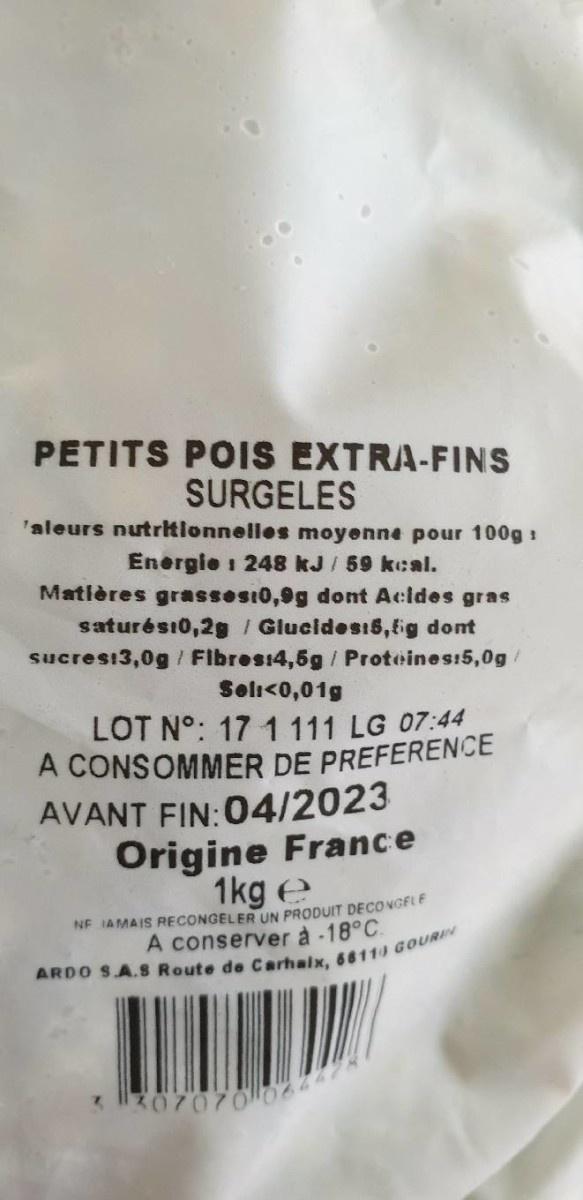
PETITS POIS EXTRA-FINS
SURGELES 'aleurs nutritionnelles moyenne pour 100g :
Energie i 248 kJ/59 kcal. Matlères grassesi0,9g dont Acides gras
saturési0,2g / Glucides15,fig dont sucres:3,0g / Flbres:4,5g/ Proteines:5,0g/
Soli<0,01g
LOT N°: 17 1111 LG 07:44 A CONSOMMER DE PREFERENCE AVANT FIN:04/2023 Origine France 1kg e
NF IAMAIS RECONGELER UN PRODUIT DECONGELE A conserver à -18°C.
07070064